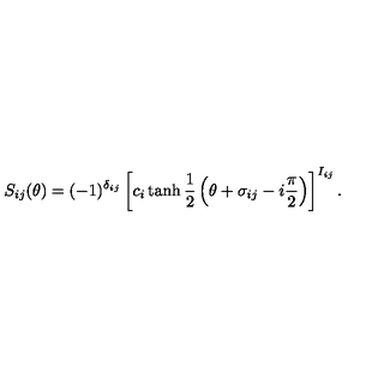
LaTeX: S _ { i j } ( \theta ) = ( - 1 ) ^ { \delta _ { i j } } \left[ c _ { i } \tanh \frac { 1 } { 2 } \left( \theta + \sigma _ { i j } - i \frac { \pi } { 2 } \right) \right] ^ { I _ { i j } } .